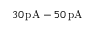
3 0 \, \mathrm { p A } - 5 0 \, \mathrm { p A }